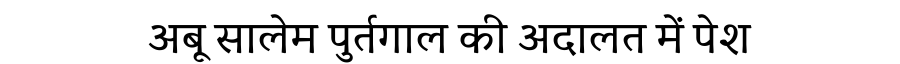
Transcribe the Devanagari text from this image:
अबू सालेम पुर्तगाल की अदालत में पेश